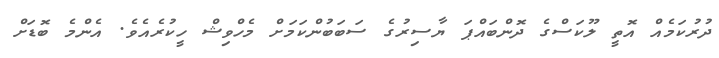
ދުރުކަމެއް އޮތީ ލޫކަސްގެ ދޮންބައްޕަ ޔާސިރުގެ ސަބަބުންކަމަށް މެހްވިޝް ހީކުރެއެވެ. އެންމެ ބޮޑަށް